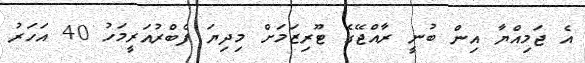
އެ ޖަމިއްޔާ އިން ބުނީ ރާއްޖޭގެ ޓޫރިޒަމަށް މިދިޔަ ފެބްރުއަރީމަހު 40 އަހަރު